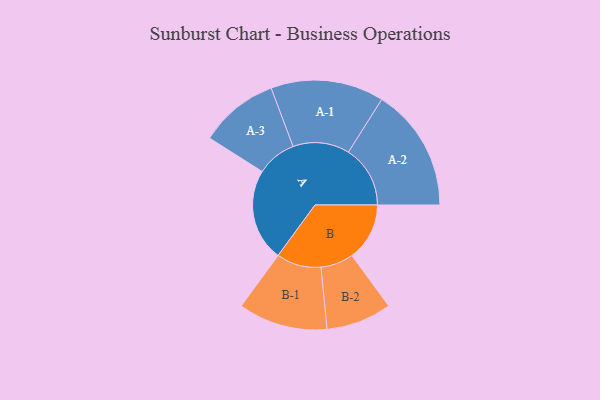
{"axis": {"x": "Segment", "y": "Value"}, "legend": ["", "A", "B"], "data": [{"x": "A", "y": 442, "type": ""}, {"x": "B", "y": 276, "type": ""}, {"x": "A-1", "y": 271, "type": "A"}, {"x": "A-2", "y": 296, "type": "A"}, {"x": "A-3", "y": 190, "type": "A"}, {"x": "B-1", "y": 214, "type": "B"}, {"x": "B-2", "y": 157, "type": "B"}]}